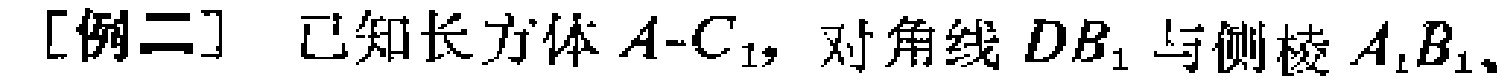
[例二] 已知长方体\(A - C_{1}\)，对角线\(DB_{1}\)与侧棱\(A_{1}B_{1}\)、